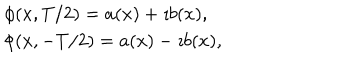
\begin{array} { l } { { \phi ( x , T / 2 ) = a ( x ) + \imath b ( x ) , \nonumber } } \\ { { \phi ( x , - T / 2 ) = a ( x ) - \imath b ( x ) , } } \\ \end{array}